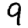
Digit: 9